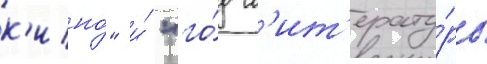
к'ино́" и́ "го́д л'ит'ерату́ры